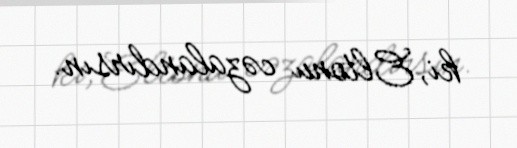
ki, Eltonu cəzalandırsın.